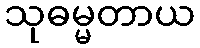
သုဓမ္မတာယ